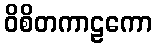
ဝိစိတကာဠကော